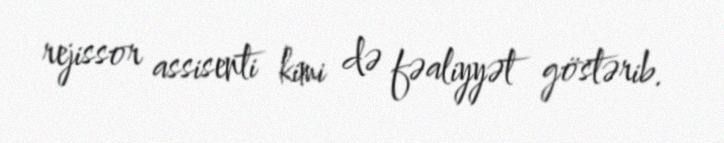
rejissor assisenti kimi də fəaliyyət göstərib.